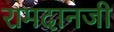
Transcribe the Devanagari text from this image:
रामदानजी